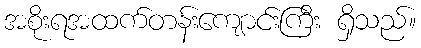
အစိုးရအထက်တန်းကျောင်းကြီး ရှိသည်။